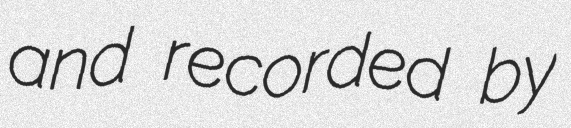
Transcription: and recorded by